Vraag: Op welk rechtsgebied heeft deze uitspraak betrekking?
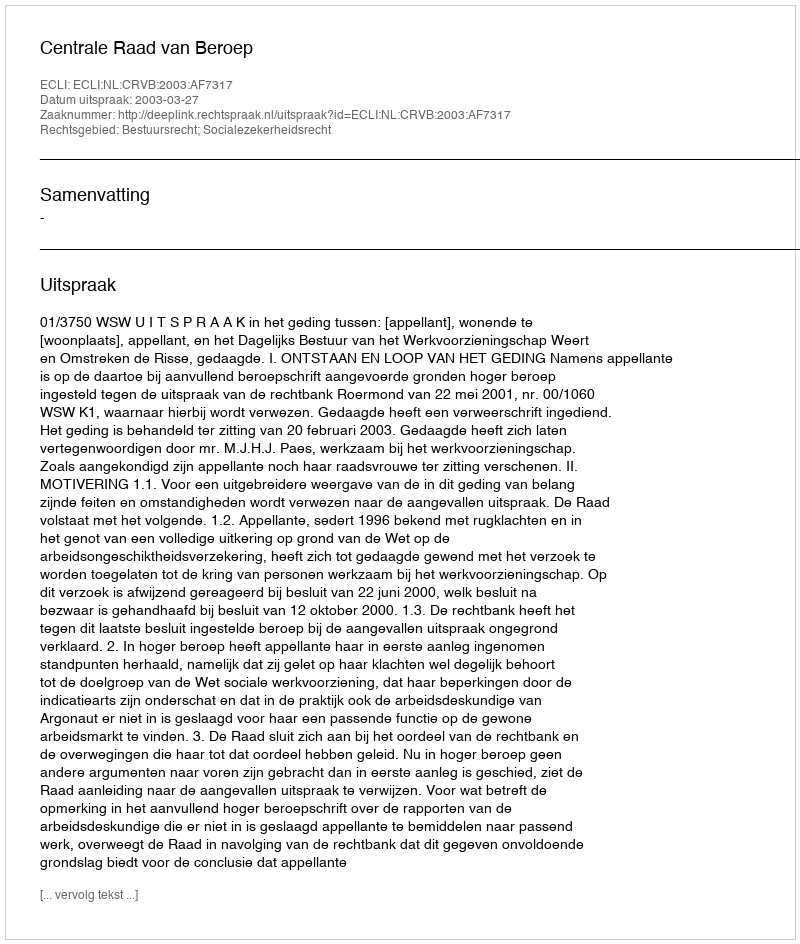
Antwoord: Bestuursrecht; Socialezekerheidsrecht